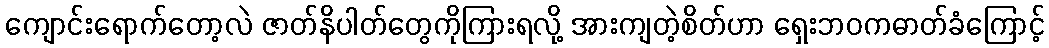
ကျောင်းရောက်တော့လဲ ဇာတ်နိပါတ်တွေကိုကြားရလို့ အားကျတဲ့စိတ်ဟာ ရှေးဘဝကဓာတ်ခံကြောင့်